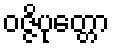
ဝဇ္ဇိပုတ္တော